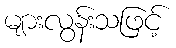
များလွန်းသဖြင့်